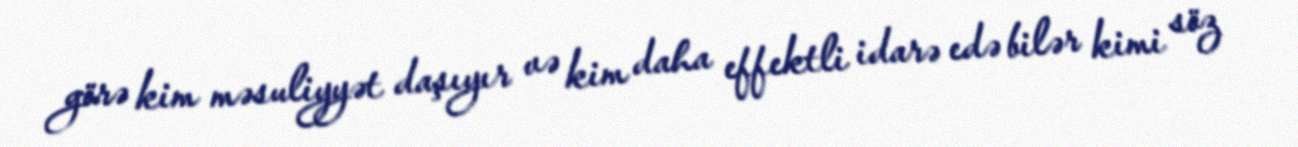
görə kim məsuliyyət daşıyır və kim daha effektli idarə edə bilər kimi söz